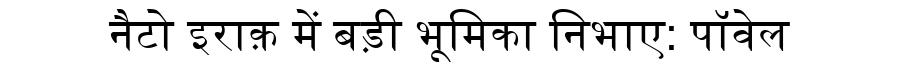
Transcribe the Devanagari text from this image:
नैटो इराक़ में बड़ी भूमिका निभाए: पॉवेल